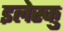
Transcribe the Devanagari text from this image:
इलेस्कु